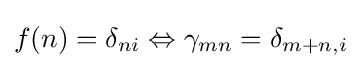
f(n)=\delta _{ni}\Leftrightarrow \gamma _{mn}=\delta _{m+n,i}